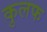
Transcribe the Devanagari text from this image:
कुलफ